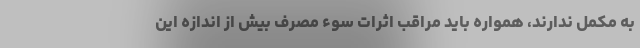
به مکمل ندارند، همواره باید مراقب اثرات سوء مصرف بیش از اندازه این